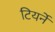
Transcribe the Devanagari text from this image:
टियर्ने